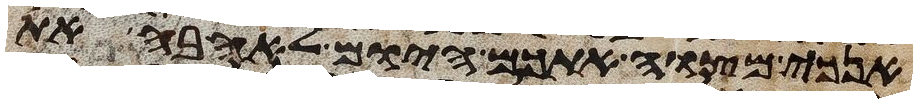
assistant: אנכי מצוה אתכם היום לאהבה את